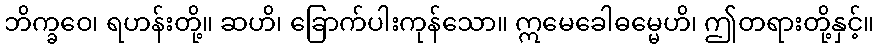
ဘိက္ခဝေ၊ ရဟန်းတို့။ ဆဟိ၊ ခြောက်ပါးကုန်သော။ ဣမေခေါဓမ္မေဟိ၊ ဤတရားတို့နှင့်။